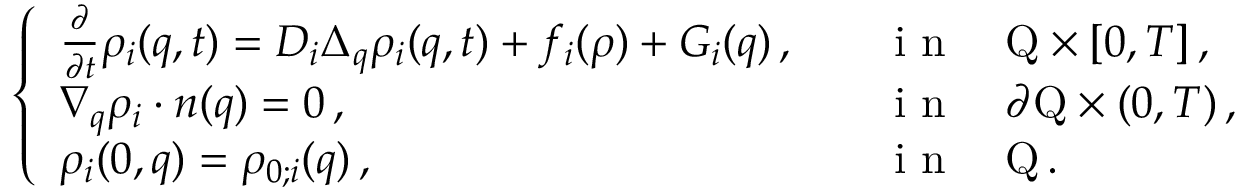
\left\{ \begin{array} { l l } { \frac { \partial } { \partial t } \rho _ { i } ( q , t ) = D _ { i } \Delta _ { q } \rho _ { i } ( q , t ) + f _ { i } ( \rho ) + G _ { i } ( q ) \, , } & { \quad \mathrm { ~ i ~ n ~ } \quad \mathrm { Q } \times [ 0 , T ] \, , } \\ { \nabla _ { q } \rho _ { i } \cdot n ( q ) = 0 \, , } & { \quad \mathrm { ~ i ~ n ~ } \quad \partial \mathrm { Q } \times ( 0 , T ) \, , } \\ { \rho _ { i } ( 0 , q ) = \rho _ { 0 ; i } ( q ) \, , } & { \quad \mathrm { ~ i ~ n ~ } \quad \mathrm { Q } \, . } \end{array} \right.